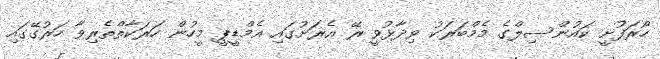
ހޯރަފުށީ ކައުންސިލްގެ މެމްބަރަކު ވިދާޅުވީ ރޭ އެރަށުގައި އެމްޑީޕީ މީހުން ހަރަކާތްތެރިވާ ހަރުގޭގައި